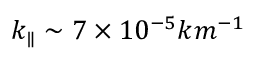
k _ { \parallel } \sim 7 \times 1 0 ^ { - 5 } k m ^ { - 1 }